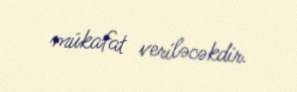
mükafat veriləcəkdir.